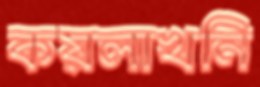
কয়লাখনি